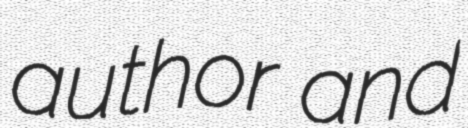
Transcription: author and